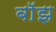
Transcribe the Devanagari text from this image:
बाॅझ